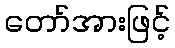
တော်အားဖြင့်